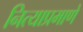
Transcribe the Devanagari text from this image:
नित्याप्रमाणे